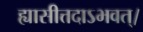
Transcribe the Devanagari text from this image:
ह्यासीत्तदाऽभवत्।